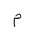
Letter: _mim